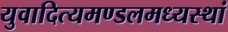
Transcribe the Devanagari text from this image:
युवादित्यमण्डलमध्यस्थां